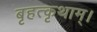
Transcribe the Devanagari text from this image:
बृहत्कृथाम्।